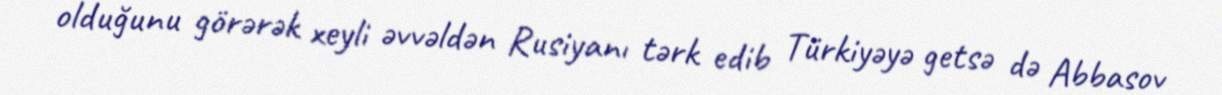
olduğunu görərək xeyli əvvəldən Rusiyanı tərk edib Türkiyəyə getsə də Abbasov